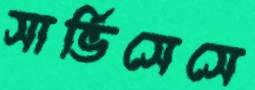
সার্ভিসেসে